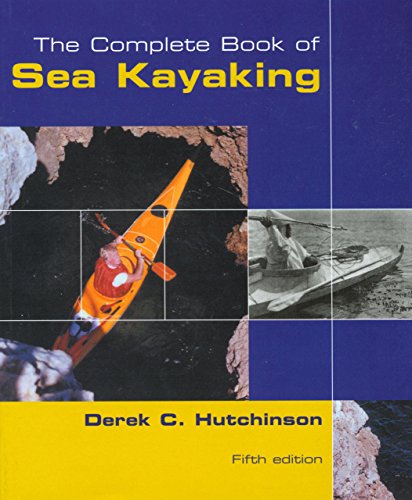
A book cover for Complete Book of Sea Kayaking (How to Paddle Series); Derek C. Hutchinson; Sports & Outdoors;